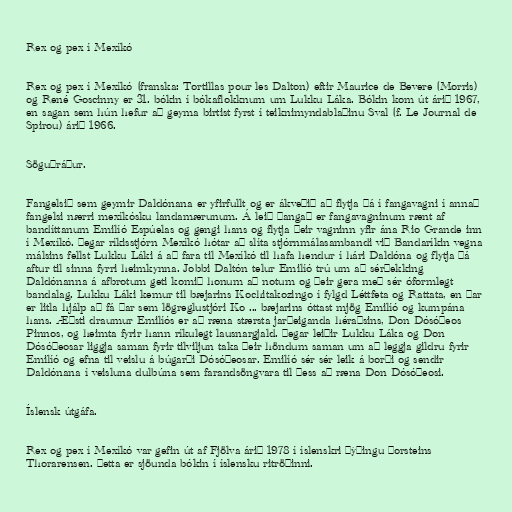
Rex og pex í Mexíkó

Rex og pex í Mexíkó (franska: Tortillas pour les Dalton) eftir Maurice de Bevere (Morris)
og René Goscinny er 31. bókin í bókaflokknum um Lukku Láka. Bókin kom út árið 1967,
en sagan sem hún hefur að geyma birtist fyrst í teiknimyndablaðinu Sval (f. Le Journal de
Spirou) árið 1966.

Söguþráður.

Fangelsið sem geymir Daldónana er yfirfullt og er ákveðið að flytja þá í fangavagni í annað
fangelsi nærri mexíkósku landamærunum. Á leið þangað er fangavagninum rænt af
bandíttanum Emilíó Espúelas og gengi hans og flytja þeir vagninn yfir ána Rio Grande inn
í Mexíkó. Þegar ríkisstjórn Mexíkó hótar að slíta stjórnmálasambandi við Bandaríkin vegna
málsins fellst Lukku Láki á að fara til Mexíkó til hafa hendur í hári Daldóna og flytja þá
aftur til sinna fyrri heimkynna. Jobbi Daltón telur Emilíó trú um að sérþekking
Daldónanna á afbrotum geti komið honum að notum og þeir gera með sér óformlegt
bandalag. Lukku Láki kemur til bæjarins Kochitakozingo í fylgd Léttfeta og Rattata, en þar
er litla hjálp að fá þar sem lögreglustjóri Ko ... bæjarins óttast mjög Emilíó og kumpána
hans. Æðsti draumur Emilíós er að ræna stærsta jarðeiganda héraðsins, Don Dósóþeos
Pinnos, og heimta fyrir hann ríkulegt lausnargjald. Þegar leiðir Lukku Láka og Don
Dósóþeosar liggja saman fyrir tilviljun taka þeir höndum saman um að leggja gildru fyrir
Emilíó og efna til veislu á búgarði Dósóþeosar. Emilíó sér sér leik á borði og sendir
Daldónana í veisluna dulbúna sem farandsöngvara til þess að ræna Don Dósóþeosi.

Íslensk útgáfa.

Rex og pex í Mexíkó var gefin út af Fjölva árið 1978 í íslenskri þýðingu Þorsteins
Thorarensen. Þetta er sjöunda bókin í íslensku ritröðinni.